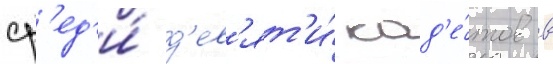
ср'ед'и́ д'ев'ят'и́ кад'е́тов в